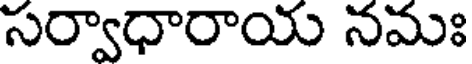
సర్వాధారాయ నమః